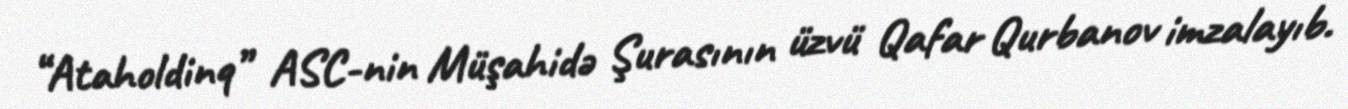
“Ataholdinq” ASC-nin Müşahidə Şurasının üzvü Qafar Qurbanov imzalayıb.